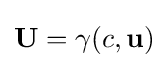
\mathbf {U} =\gamma (c,\mathbf {u} )